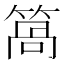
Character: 䈑